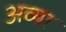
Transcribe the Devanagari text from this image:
अव्या